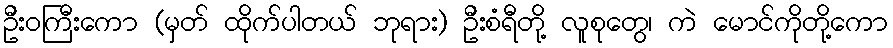
ဦးဝကြီးကော (မှတ် ထိုက်ပါတယ် ဘုရား) ဦးစံရီတို့ လူစုတွေ၊ ကဲ မောင်ကိုတို့ကော